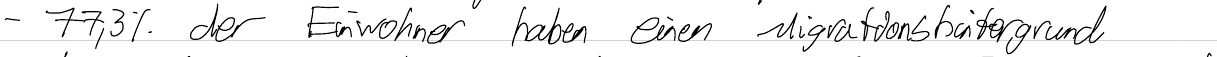
- 77,3% der Einwohner haben einen Migrationshintergrund